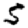
Digit: 5